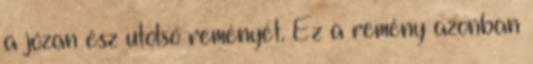
a józan ész utolsó reményét. Ez a remény azonban